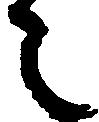
之